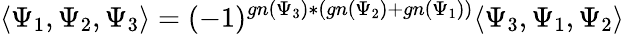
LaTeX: \langle\Psi_{1},\Psi_{2},\Psi_{3}\rangle=(-1)^{gn(\Psi_{3})*(gn(\Psi_{2})+gn(\Psi_{1}))}\langle\Psi_{3},\Psi_{1},\Psi_{2}\rangle